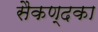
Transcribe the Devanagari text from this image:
सैकण्दका